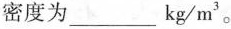
密度为___kg/m^{3}。